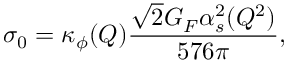
\sigma _ { 0 } = \kappa _ { \phi } ( Q ) { \frac { \sqrt { 2 } G _ { F } \alpha _ { s } ^ { 2 } ( Q ^ { 2 } ) } { 5 7 6 \pi } } ,